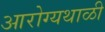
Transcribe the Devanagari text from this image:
आरोग्यथाळी